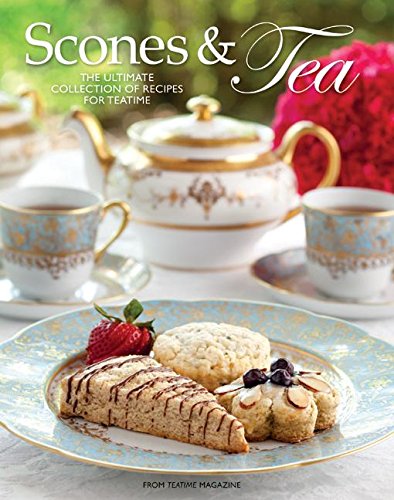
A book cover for Scones and Tea: The Ultimate Collection of Recipes for Teatime; Cookbooks, Food & Wine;